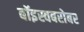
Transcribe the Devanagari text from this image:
बॉइस्वबरोबर